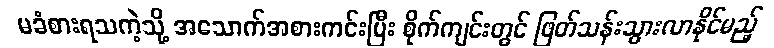
မခံစားရသကဲ့သို့ အသောက်အစားကင်းပြီး စိုက်ကျင်းတွင် ဖြတ်သန်းသွားလာနိုင်မည့်